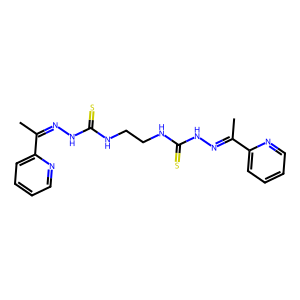
SMILES: CC(=NNC(=S)NCCNC(=S)NN=C(C)c1ccccn1)c1ccccn1
Inhibits HIV replication: No